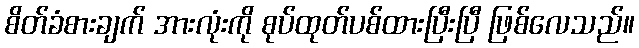
စိတ်ခံစားချက် အားလုံးကို စုပ်ထုတ်ပစ်ထားပြီးပြီ ဖြစ်လေသည်။